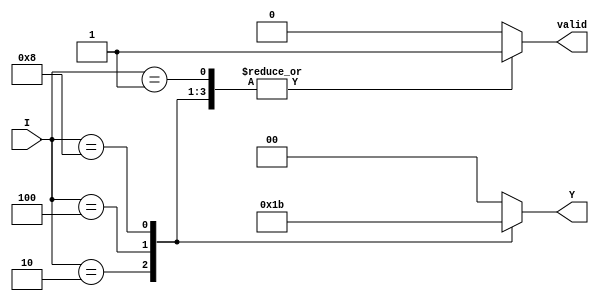
module binary_encoder (
    input wire [3:0] I,   // 4 input lines
    output reg [1:0] Y,   // 2 output lines
    output reg valid       // Output valid signal
);

    always @(*) begin
        case (I)
            4'b0001: begin
                Y = 2'b00; // I0 is active
                valid = 1'b1;
            end
            4'b0010: begin
                Y = 2'b01; // I1 is active
                valid = 1'b1;
            end
            4'b0100: begin
                Y = 2'b10; // I2 is active
                valid = 1'b1;
            end
            4'b1000: begin
                Y = 2'b11; // I3 is active
                valid = 1'b1;
            end
            default: begin
                Y = 2'b00; // Default output (no active input)
                valid = 1'b0; // Invalid state
            end
        endcase
    end

endmodule